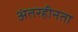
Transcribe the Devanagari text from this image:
अंतरहीनता